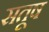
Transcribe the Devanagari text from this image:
सतूष